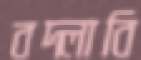
বদ্‌লাবি